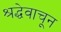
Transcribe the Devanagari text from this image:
श्रद्धेवाचून